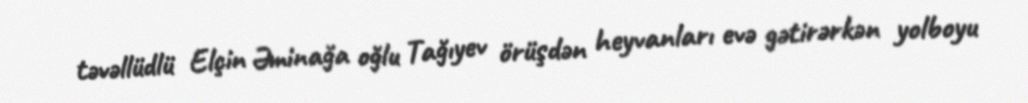
təvəllüdlü Elçin Əminağa oğlu Tağıyev örüşdən heyvanları evə gətirərkən yolboyu